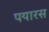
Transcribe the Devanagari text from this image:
पयारस